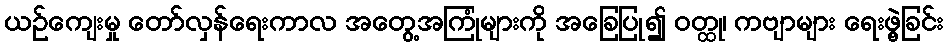
ယဉ်ကျေးမှု တော်လှန်ရေးကာလ အတွေ့အကြုံများကို အခြေပြု၍ ဝတ္ထု၊ ကဗျာများ ရေးဖွဲ့ခြင်း